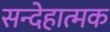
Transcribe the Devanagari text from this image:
सन्देहात्मक